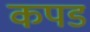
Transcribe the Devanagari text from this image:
कपड